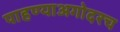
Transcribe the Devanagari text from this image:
पाहण्याअगोदरच